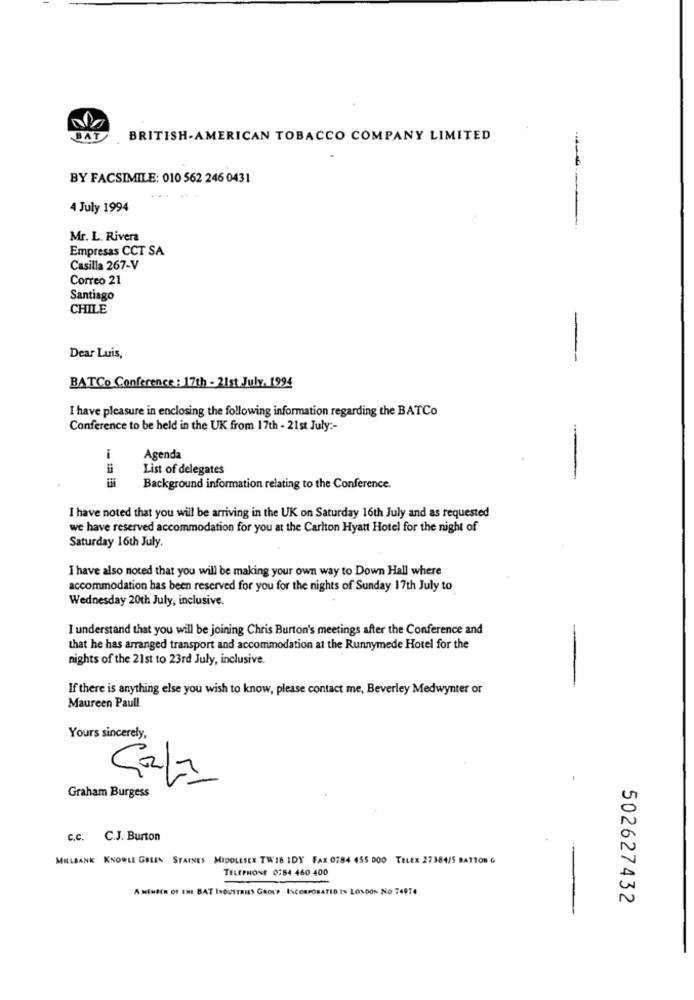
BRITISH-AMERICAN TOBACCO COMPANY LIMITED
-.
BY FACSIMILE: 010 562 246 0431
4 July 1994
Mr. L. Rivera
Empresas CCT SA
Casilla 267-V
Correo 21
Santiago
CHILE
Dear Luis,
BATCo Conference: 17th - 21st July. 1994
I have pleasure in enclosing the following information regarding the BATCo
Conference to be held in the UK from 17th - 21st July :-
i
Agenda
List of delegates
Background information relating to the Conference.
I have noted that you will be arriving in the UK on Saturday 16th July and as requested
we have reserved accommodation for you at the Carlton Hyatt Hotel for the night of
Saturday 16th July.
I have also noted that you will be making your own way to Down Hall where
accommodation has been reserved for you for the nights of Sunday 17th July to
Wednesday 20th July, inclusive.
I understand that you will be joining Chris Burton's meetings after the Conference and
that he has arranged transport and accommodation at the Runnymede Hotel for the
nights of the 21st to 23rd July, inclusive.
If there is anything else you wish to know, please contact me, Beverley Medwynter or
Maureen Paull.
Yours sincerely,
Cala
Graham Burgess
c.c. C.J. Burton
MILLBANK KNOWLL GELEN STAINES MIDDLESEX TW16 IDY FAX 0784 455 000 TELEX 27384/5 BATTOR G
TELEPHONE 0:64 460 400
=
A MEMBER OF ENE BAT INDUSTRIES GROUP INCORPORATED IN LONDON NO 74974
502627432